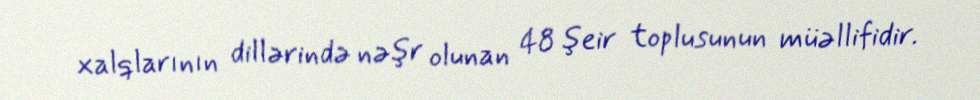
xalqlarının dillərində nəşr olunan 48 şeir toplusunun müəllifidir.